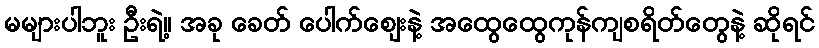
မများပါဘူး ဦးရဲ့။ အခု ခေတ် ပေါက်ဈေးနဲ့ အထွေထွေကုန်ကျစရိတ်တွေနဲ့ ဆိုရင်